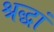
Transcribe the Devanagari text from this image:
श्रद्धां